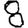
Digit: 8